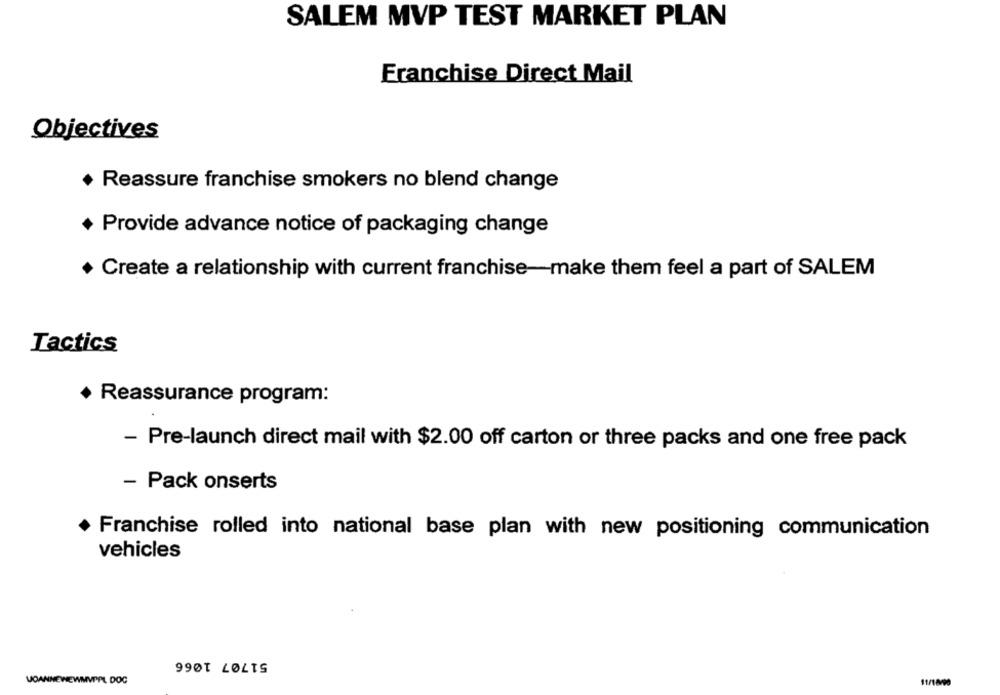
SALEM MVP TEST MARKET PLAN
Franchise Direct Mail
Objectives
Reassure franchise smokers no blend change
+ Provide advance notice of packaging change
+ Create a relationship with current franchise-make them feel a part of SALEM
Tactics
+ Reassurance program:
- Pre-launch direct mail with $2.00 off carton or three packs and one free pack
- Pack onserts
Franchise rolled into national base plan with new positioning communication
vehicles
51707 1066
VOANNEWEWMVPAL DOC
11/1890